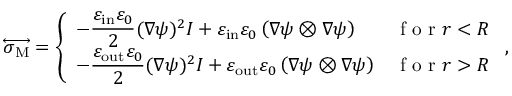
\overleftrightarrow { \boldsymbol { \sigma } _ { \mathrm { M } } } = \left\{ \begin{array} { l l } { \displaystyle - \frac { \varepsilon _ { \mathrm { i n } } \varepsilon _ { 0 } } { 2 } ( \nabla \psi ) ^ { 2 } \boldsymbol { I } + \varepsilon _ { \mathrm { i n } } \varepsilon _ { 0 } \left( \nabla \psi \otimes \nabla \psi \right) } & { \textrm { f o r } r < R } \\ { \displaystyle - \frac { \varepsilon _ { \mathrm { o u t } } \varepsilon _ { 0 } } { 2 } ( \nabla \psi ) ^ { 2 } \boldsymbol { I } + \varepsilon _ { \mathrm { o u t } } \varepsilon _ { 0 } \left( \nabla \psi \otimes \nabla \psi \right) } & { \textrm { f o r } r > R } \end{array} \right. ,